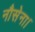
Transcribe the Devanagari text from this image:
नौसेना।